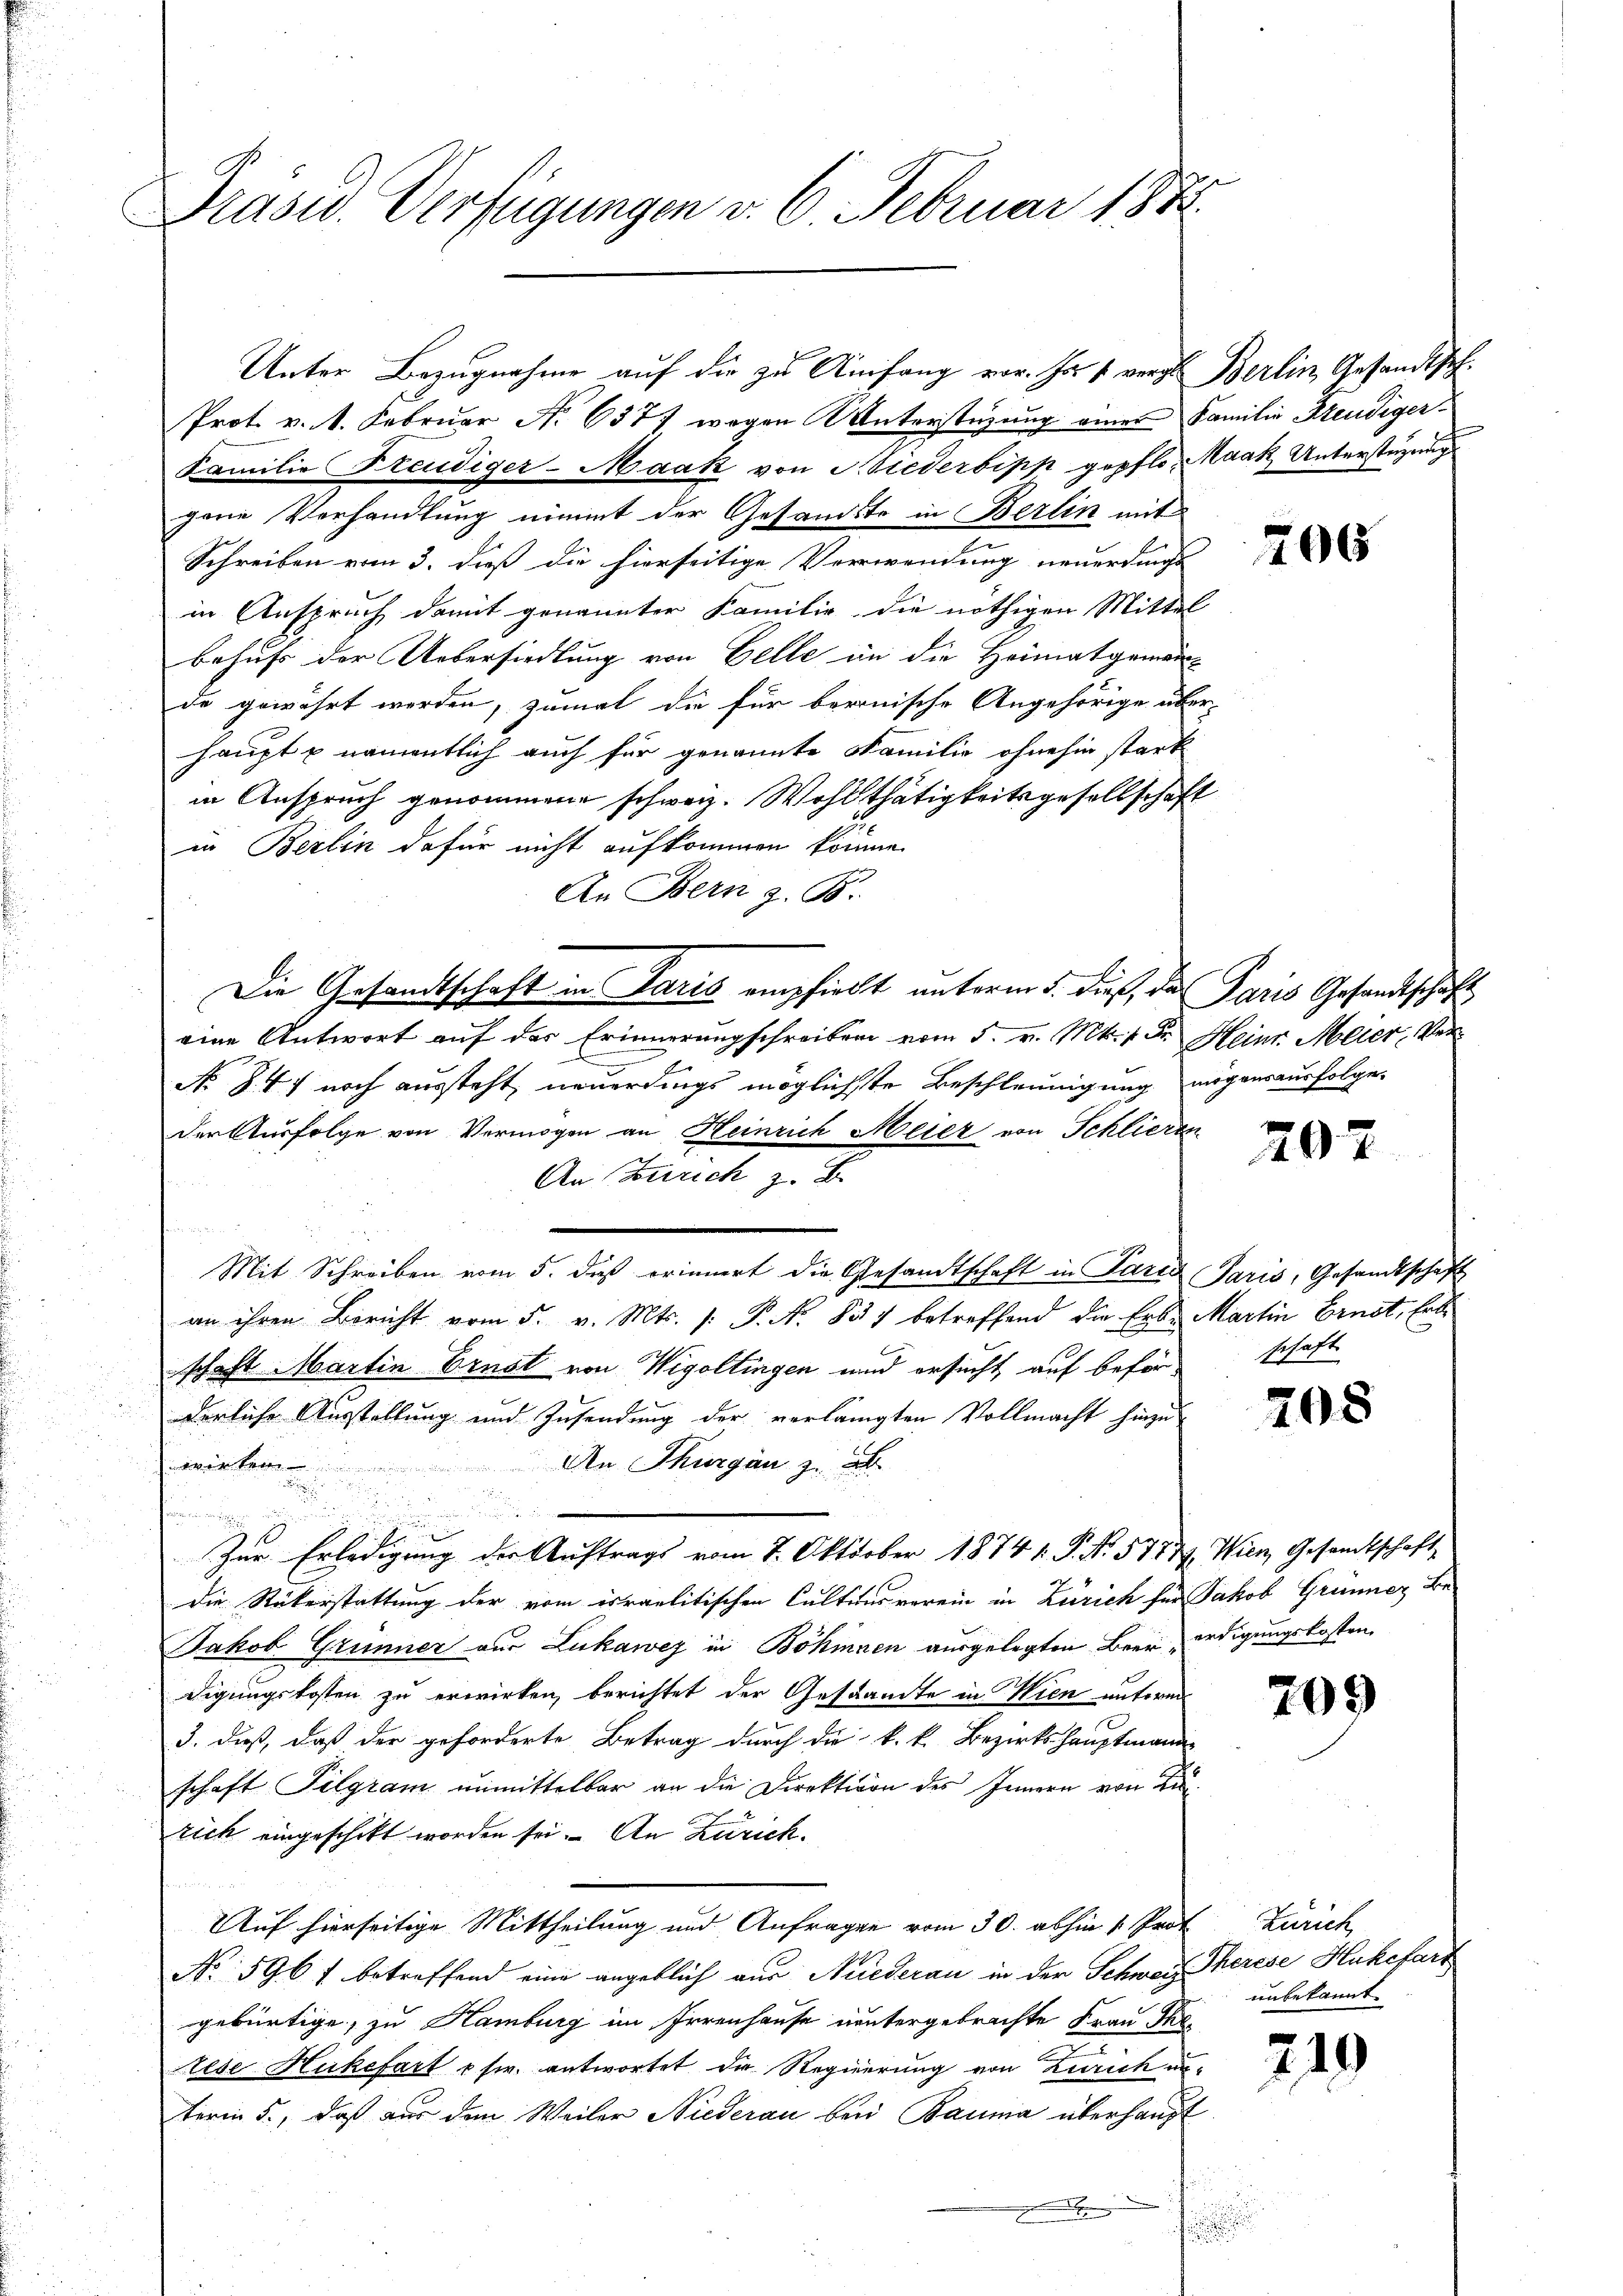
Präsid. Verfügungen v. 6. Februar 1882.

Unter Bezugnahme auf die zu Anfang vor. Ja 1 vorge Berlin, Gesandtsch.
Prot. v. 1. Februar No 6377 wegen Unterstüzung einer Familie Freudiger
Familie Freudiger-Maak von Stiederbipp gepflo. Maak Unterstüzung
gene Verhandlung nimmt der Gesandte in Berlin mit
Schreiben vom 3. dieß die hierseitige Verwendung neuerdings
in Anspruch damit genannter Familie die nöthigen Mittel
behufs der Uebersiedlung von Gelle an die Heimatgemei
de gewährt werden, zumal die für berenische Angehörige überhaupt u namentlich auch für genannte Familie ohnehin stark
in Anspruch genommene schweiz. Wohlthätigkeitsgesellschaft
in Berlin dafür nicht aufkommen könne.
An Bern z. B.
Die Gesandtschaft in Paris empfieht unterm 5. dieß, da Paris Gesandtschaf
eine Antwort auf das Erinnerungschreiben vom 5. v. M. v. Fr. Heinr. Meier, Ver¬
No 847 noch aussteht, neuerdings möglichste Beschleunigung mögensausfolge.
der Ausfolge von Vermögen an Heinrich Meier von Schlieren
An Zürich z. B.
u
Mit Schreiben vom 5. daß erinnert die Gesandtschaft in Paria Paris, Gesandtschaf
an ihren Bericht vom 5. v. Mts. /: P. Nr. 857 betreffend die Erbe Martin Ernst, Erb
schaft Martin Ernst von Wigoltingen und ersucht, auf befürderliche Ausstellung und Zusendung der verlangten Vollmacht hinzu
wirken. An Thurgau 2.

Zur Erledigung der Auftrags vom 7. Oktober 1874 1. P. N. 5777. Wien, Gesandtschaft
die Rükerstattung der vom israelitischen Cultens vorein in Zürich für Jakob Grünner Be¬
Jakob Grüner aus Lukawez in Böhmen ausgelegten Beer erdigungskosten
digungskosten zu erwirken, berichtet der Gestamte in Wien unterm
3. dieß, daß der geforderte Betrag durch die k. k. Bezirkshauptmann
schaft Pilgram unmittelbar an die Direktion des Innern von Li
rich eingeschikt worden sei. An Zürich¬
8
Auf hierseitige Mittheilung und Anfragen vom 30. abhin 1. Prof. Zürich
No 596 f betreffend eine angeblich aus Niederau in der Schweiz Therese Hukefarz
gebürtige, zu Hamburg im Irrenhause untergebrachte Frau Thetese Hukefart usw. antwortet die Regierung von Zürich unterin 5., daß aus dem Weiler Niederau bei Bauma überhaupt

¬

206

202

schaft

208

209

unbekannt.

219

2